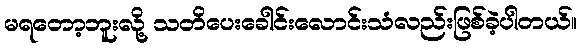
မရတော့ဘူးလို့ သတိပေးခေါင်းလောင်းသံလည်းဖြစ်ခဲ့ပါတယ်။